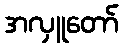
အလှူတော်